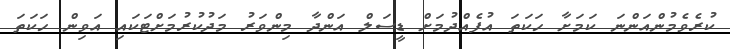
ކުރެވެމުންއަންނަ ކަމަށާ ހަކަތަ އުފެއްދުމަށް ޑީސަލް އަންދާ މިންވަރު މަދުކުރުމަށްޓަކައި އަވިން ހަކަތަ